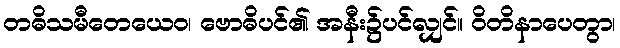
တဓိသမီတေယေဝ၊ ဗောဓိပင်၏ အနီး၌ပင်လျှင်။ ဝိတိနာပေတွာ၊